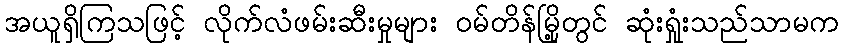
အယူရှိကြသဖြင့် လိုက်လံဖမ်းဆီးမှုများ ဝမ်တိန်မြို့တွင် ဆုံးရှုံးသည်သာမက